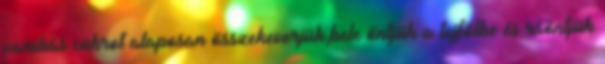
vaníliás cukrot alaposan összekeverjük,bele öntjük a tejfölbe és ráöntjük